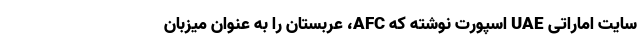
سایت اماراتی UAE اسپورت نوشته که AFC، عربستان را به عنوان میزبان